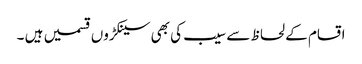
اقسام کے لحاظ سے سیب کی بھی سینکڑوں قسمیں ہیں ۔